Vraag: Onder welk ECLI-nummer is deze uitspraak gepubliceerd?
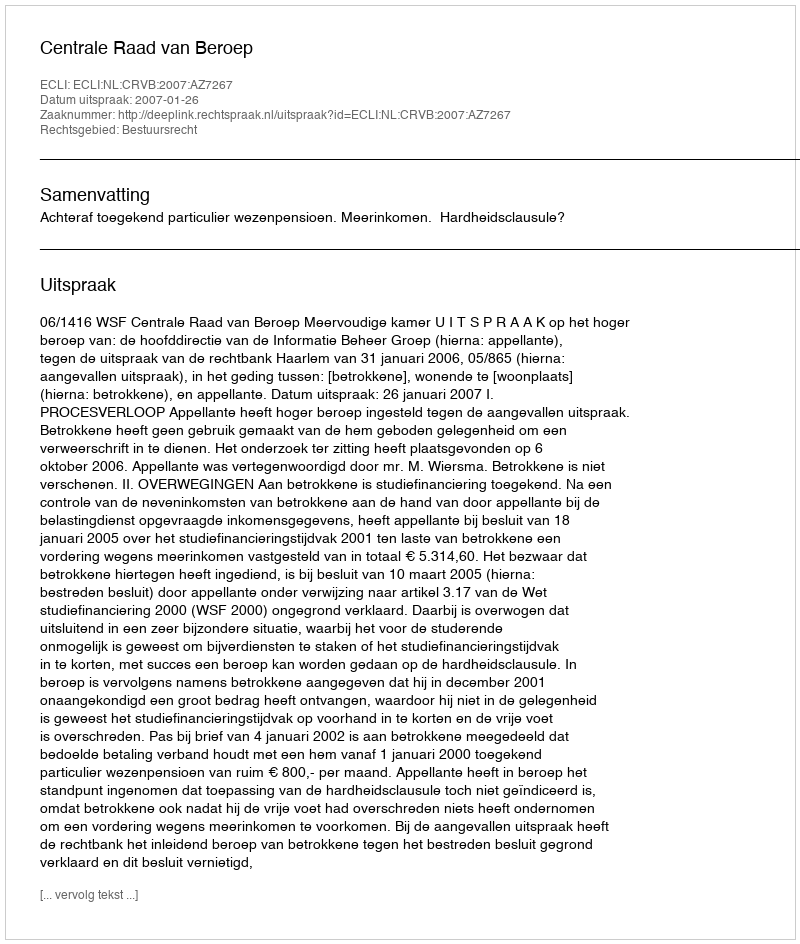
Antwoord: ECLI:NL:CRVB:2007:AZ7267